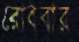
রোববার